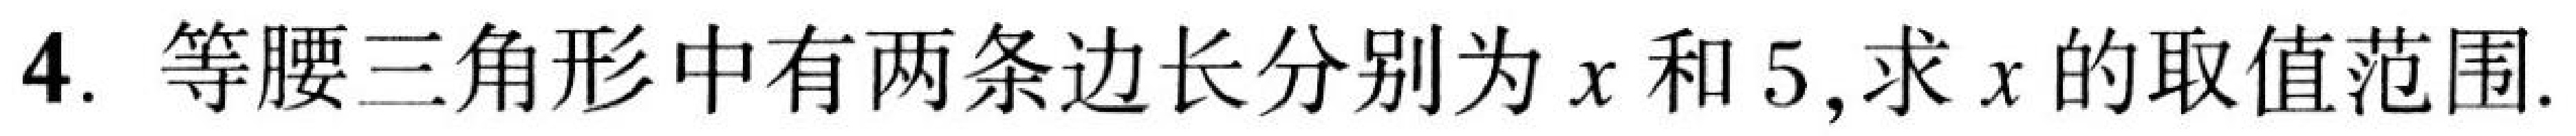
4. 等腰三角形中有两条边长分别为\(x\)和\(5\)，求\(x\)的取值范围.